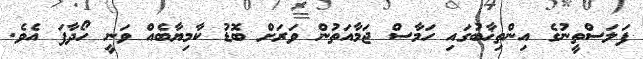
ފަލަސްތީނުގެ އިންތިޚާބުގައި ހަމާސް ޖަމާއަތުން ވަރަށް ބޮޑު ކާމިޔާބެއް ވަނީ ހޯދާފަ އެވެ.